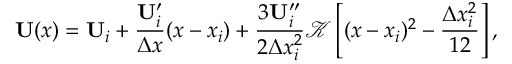
\mathbf { U } ( x ) = \mathbf { U } _ { i } + \frac { \mathbf { U } _ { i } ^ { \prime } } { \Delta x } ( x - x _ { i } ) + \frac { 3 \mathbf { U } _ { i } ^ { \prime \prime } } { 2 \Delta x _ { i } ^ { 2 } } \mathscr { K } \left[ ( x - x _ { i } ) ^ { 2 } - \frac { \Delta x _ { i } ^ { 2 } } { 1 2 } \right] ,